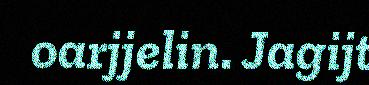
oarjjelin. Jagijt